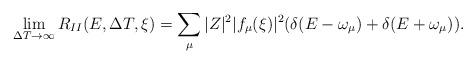
LaTeX: \begin{align*}\lim_{\Delta T \rightarrow\infty}R_{II}(E,\Delta T,\xi) =\sum_{\mu} |Z|^{2}|f_{\mu}(\xi)|^{2}(\delta(E-\omega_{\mu})+\delta(E+\omega_{\mu})) . \end{align*}